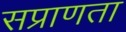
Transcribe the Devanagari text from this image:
सप्राणता